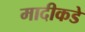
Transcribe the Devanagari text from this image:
मादीकडे